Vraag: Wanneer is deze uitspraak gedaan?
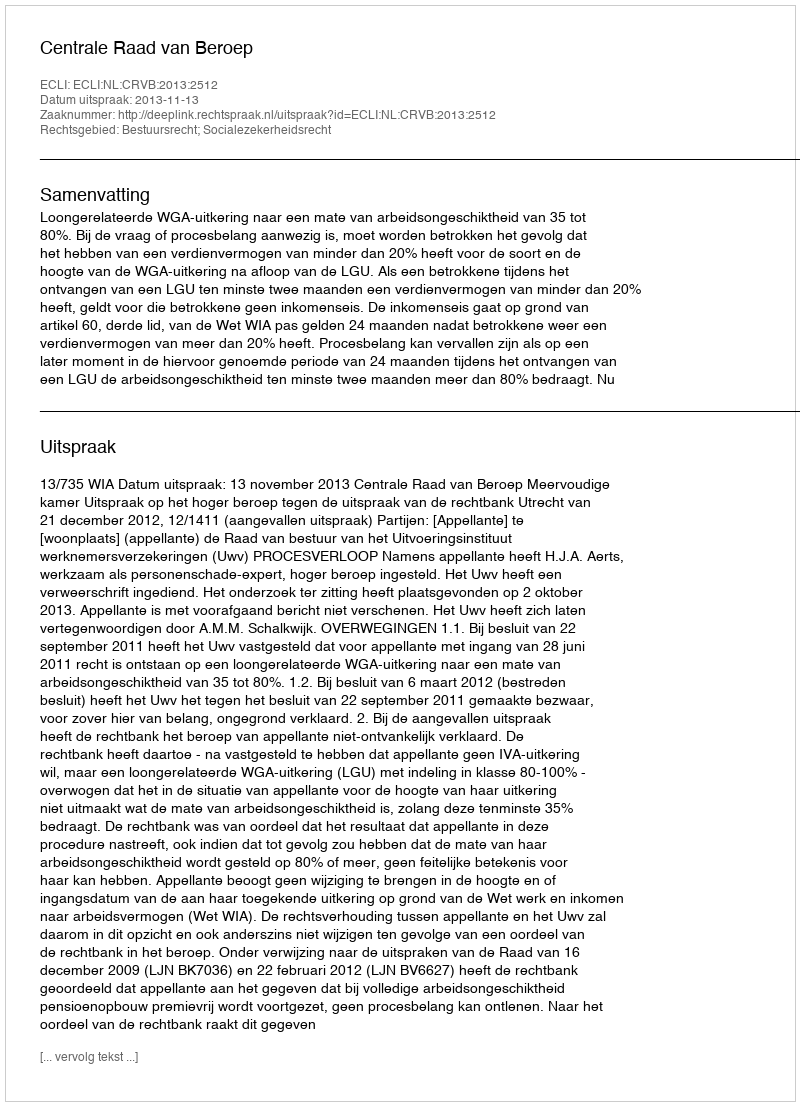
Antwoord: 2013-11-13